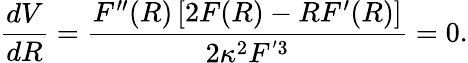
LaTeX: \frac{dV}{dR}=\frac{F^{\prime\prime}(R)\left[2F(R)-RF^{\prime}(R)\right]}{2\kappa^{2}F^{'3}}=0.